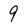
Character: 9